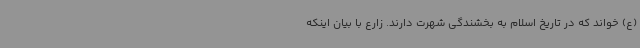
(ع) خواند که در تاریخ اسلام به بخشندگی شهرت دارند. زارع با بیان اینکه